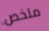
ملخص